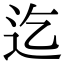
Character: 迄